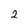
Character: 2